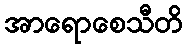
အာရောစေသီတိ